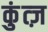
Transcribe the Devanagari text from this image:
कुंत्ज़